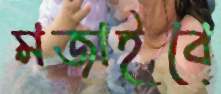
মজাইবে